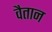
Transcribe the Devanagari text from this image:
वैतान